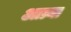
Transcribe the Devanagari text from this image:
आग्र्या